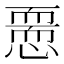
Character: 𢡵